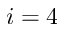
i = 4